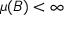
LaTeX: \mu ( B ) < \infty